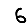
Digit: 6